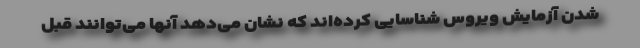
شدن آزمایش ویروس شناسایی کرده‌اند که نشان می‌دهد آنها می‌توانند قبل